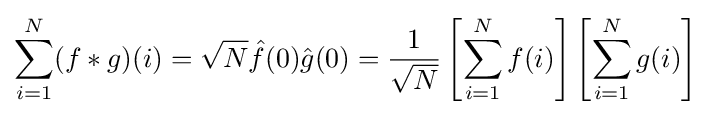
\sum _{i=1}^{N}(f*g)(i)={\sqrt {N}}{\hat {f}}(0){\hat {g}}(0)={\frac {1}{\sqrt {N}}}\left[\sum _{i=1}^{N}f(i)\right]\left[\sum _{i=1}^{N}g(i)\right]